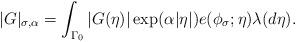
LaTeX: \begin{align*} |G|_{\sigma, \alpha}=\int_{\Gamma_0} |G(\eta)|\exp (\alpha |\eta|)e(\phi_\sigma;\eta)\lambda(d \eta).\end{align*}